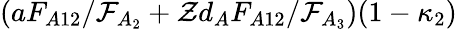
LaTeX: (aF_{A12}/\mathcal{F}_{A_{2}}+\mathcal{Z}d_{A}F_{A12}/\mathcal{F}_{A_{3}})(1-\kappa_{2})